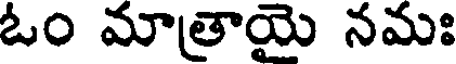
ఓం మాత్రాయై నమః